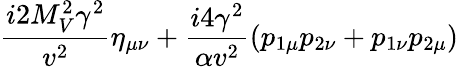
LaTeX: \frac{i2M_{V}^{2}\gamma^{2}}{v^{2}}\eta_{\mu\nu}+\frac{i4\gamma^{2}}{\alpha v^{2}}(p_{1\mu}p_{2\nu}+p_{1\nu}p_{2\mu})